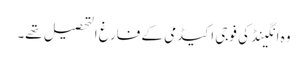
وہ انگینڈ کی فوجی اکیڈمی کے فارغ التحصیل تھے۔